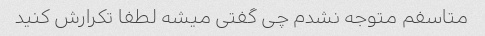
متاسفم متوجه نشدم چی گفتی میشه لطفا تکرارش کنید